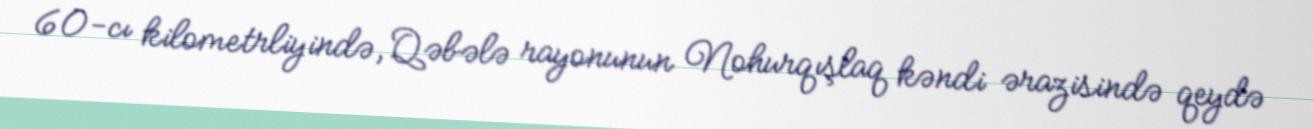
60-cı kilometrliyində, Qəbələ rayonunun Nohurqışlaq kəndi ərazisində qeydə